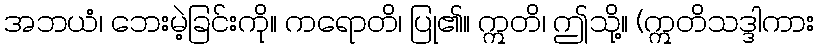
အဘယံ၊ ဘေးမဲ့ခြင်းကို။ ကရောတိ၊ ပြု၏။ ဣတိ၊ ဤသို့။ (ဣတိသဒ္ဒါကား